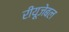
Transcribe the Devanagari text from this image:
रीयूजेबल